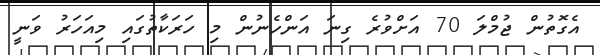
އެގޮތުން ޖުމްލަ 70 އަށްވުރެ ގިނަ އަންހެނުން މި ހަރަކާތުގައި މިއަހަރު ވަނީ